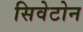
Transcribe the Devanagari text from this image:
सिवेटोन